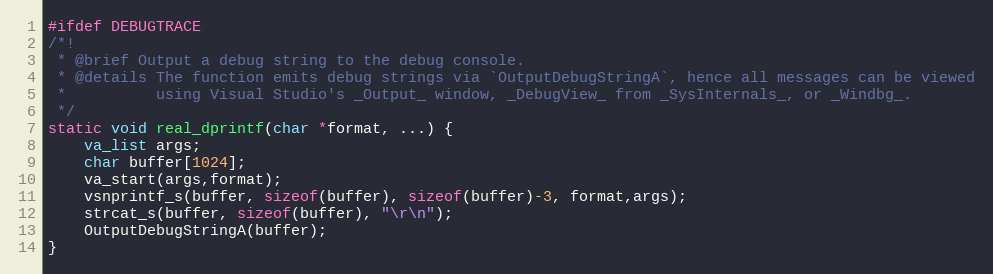
Language: C
#ifdef DEBUGTRACE
/*!
 * @brief Output a debug string to the debug console.
 * @details The function emits debug strings via `OutputDebugStringA`, hence all messages can be viewed
 *          using Visual Studio's _Output_ window, _DebugView_ from _SysInternals_, or _Windbg_.
 */
static void real_dprintf(char *format, ...) {
	va_list args;
	char buffer[1024];
	va_start(args,format);
	vsnprintf_s(buffer, sizeof(buffer), sizeof(buffer)-3, format,args);
	strcat_s(buffer, sizeof(buffer), "\r\n");
	OutputDebugStringA(buffer);
}